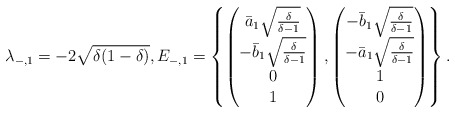
\begin{align*}\lambda_{-,1} = -2 \sqrt{\delta(1-\delta)}, E_{-,1} = \left\{ \begin{pmatrix}\bar{a}_1 \sqrt{\frac{\delta}{\delta-1}} \\ -\bar{b}_1 \sqrt{\frac{\delta}{\delta-1}} \\ 0 \\1\end{pmatrix},\begin{pmatrix}-\bar{b}_1 \sqrt{\frac{\delta}{\delta-1}} \\ -\bar{a}_1 \sqrt{\frac{\delta}{\delta-1}} \\ 1 \\0\end{pmatrix}\right\}.\end{align*}